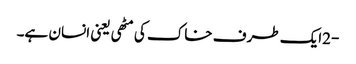
-2ایک طرف خاک کی مٹھی یعنی انسان ہے۔